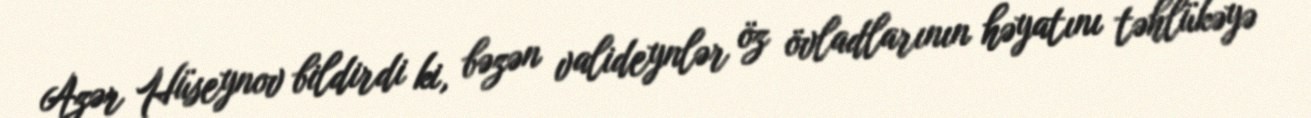
Azər Hüseynov bildirdi ki, bəzən valideynlər öz övladlarının həyatını təhlükəyə